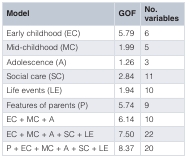
| Model | GOF | No.variables |
 | --- | --- | --- |
 | Early childhood (EC) | 5.79 | 6 |
 | Mid-childhood (MC) | 1.99 | 5 |
 | Adolescence (A) | 1.26 | 3 |
 | Social care (SC) | 2.84 | 11 |
 | Life events (LE) | 1.94 | 10 |
 | Features of parents (P) | 5.74 | 9 |
 | EC + MC + A | 6.14 | 10 |
 | EC + MC + A + SC + LE | 7.50 | 22 |
 | P + EC + MC + A + SC + LE | 8.37 | 20 |